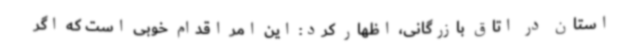
استان در اتاق بازرگانی، اظهار کرد: این امر اقدام خوبی است که اگر